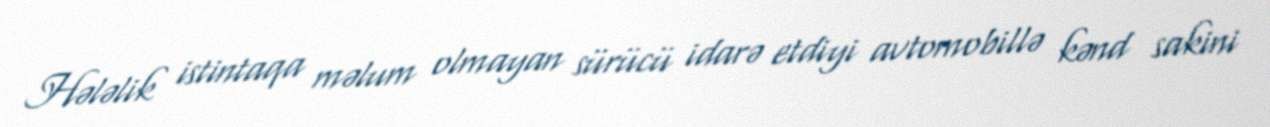
Hələlik istintaqa məlum olmayan sürücü idarə etdiyi avtomobillə kənd sakini